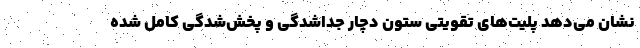
نشان می‌دهد پلیت‌های تقویتی ستون دچار جداشدگی و پخش‌شدگی کامل شده